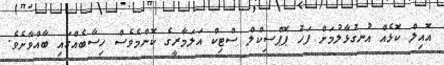
އޮއިލް ކޮޅެއް އުނގުޅާލުމަށް ފަހު ޕޮޕްސިކްލް ސްޓިކް އަލަމާރީގެ ކޮންމެވެސް ހިސާބެއްގައި ބާއްވާށެވެ.